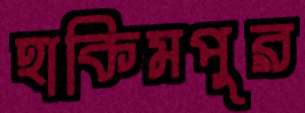
হাকিমপুর